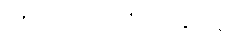
၇၅% = ၀.၇၅ = ၃/၄